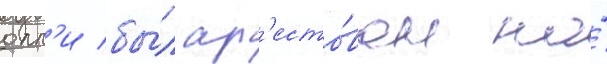
олл'и бы́л ар'есто́ван на́